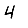
Digit: 4